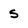
Character: s